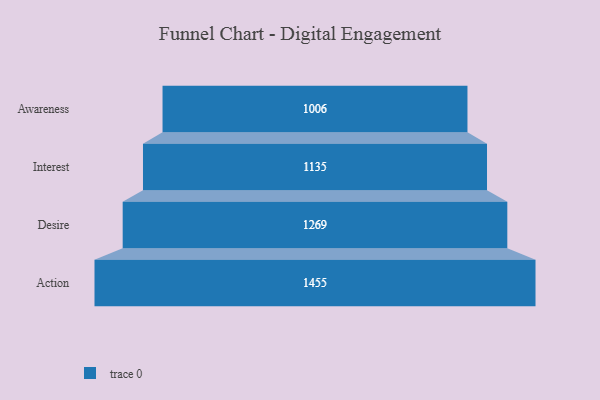
{"axis": {"x": "Stage", "y": "Value"}, "legend": [""], "data": [{"x": "Awareness", "y": 1006.0, "type": ""}, {"x": "Interest", "y": 1135.0, "type": ""}, {"x": "Desire", "y": 1269.0, "type": ""}, {"x": "Action", "y": 1455.0, "type": ""}]}